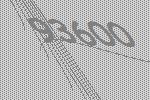
93600